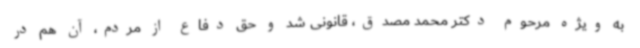
به ویژه مرحوم دکتر محمد مصدق، قانونی شد و حق دفاع از مردم، آن هم در